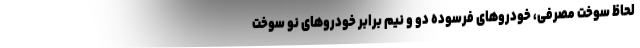
لحاظ سوخت مصرفی، خودروهای فرسوده دو و نیم برابر خودرو‌های نو سوخت